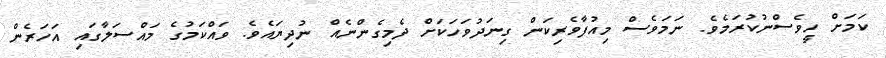
ކަމަށް ހީވެސްނުކުރަމެވެ. ނަމަވެސް މިއުފާވެރިކަން ގިނަދުވަހަކަށް ދެމިގެންނެއް ނުދިޔައެވެ. ވައްކަމުގެ މައްސަލާގައި އަހަރެން